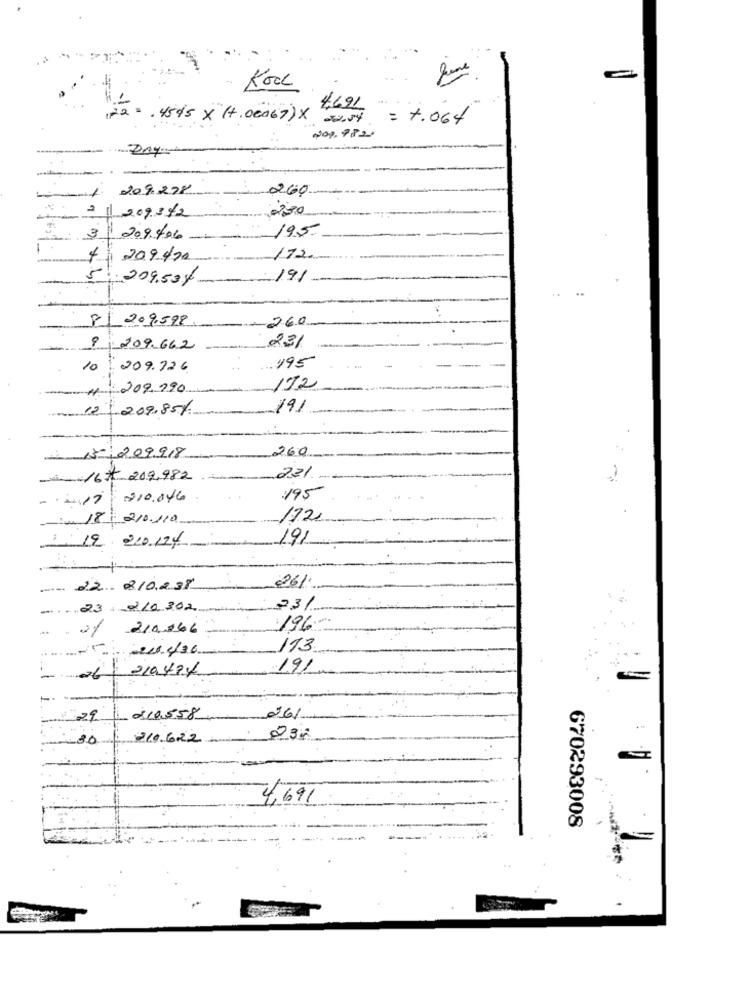
Kool
1+2=4545 x (+.00067) × 4,62L
JON = 1.064
209.9820
209.278
2.60
2
209342
220
195
3/201406
4
209 470
172
5
209.50%
191
209.598
260
8
23/
209.662
10
209.726
.195
209.290
172
12/ 209.85/
191
260
+ 15- 209918
- 16 # 209,982
-
221
-
$10.046
195
-im 18; 210.110
172
19 220124
191
261
--
22. 210.238
-
23.2/0302
23/
. 2/ 210.966
196
113
210,474
191
-26
--
219558
26%
130
210 622
235
4,691
670293008